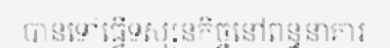
បានទៅធ្វើទស្សនកិច្ចនៅពន្ធនាគារ